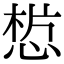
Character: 𢜣